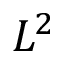
L ^ { 2 }